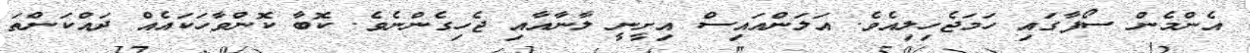
އެންމެން ސޯފާގައި ހަމަޖެހިލިއެވެ. އަލަންއައިސް އިށީނީ ލާނާއާއި ޖެހިގެންނެވެ. ކޮބާ ކޮންވާހަކައެއް ދައްކަންތަ